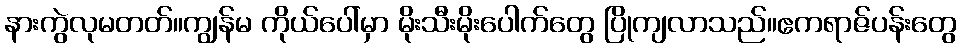
နားကွဲလုမတတ်။ကျွန်မ ကိုယ်ပေါ်မှာ မိုးသီးမိုးပေါက်တွေ ပြိုကျလာသည်။ဧကရာဇ်ပန်းတွေ